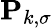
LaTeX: \mathbf{P}_{k,\sigma}